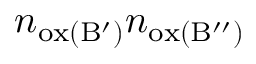
n _ { \mathrm { o x ( B ^ { \prime } ) } } n _ { \mathrm { o x ( B ^ { \prime \prime } ) } }